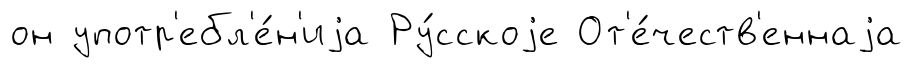
он употр'ебл'е́н'иjа Ру́сскоjе От'е́честв'еннаjа